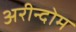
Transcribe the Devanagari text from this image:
अरीन्दोम